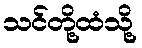
သင်တို့ထံသို့